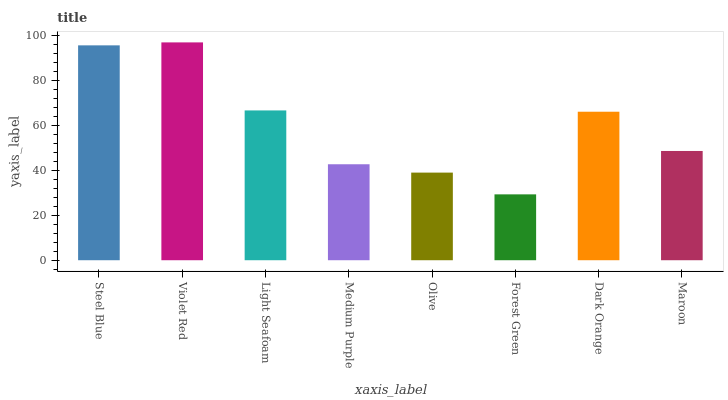
| xaxis_label | bars |
 | --- | --- |
 | Steel Blue | 95.8 |
 | Violet Red | 97.1 |
 | Light Seafoam | 66.8 |
 | Medium Purple | 42.8 |
 | Olive | 39.1 |
 | Forest Green | 29.4 |
 | Dark Orange | 66.2 |
 | Maroon | 48.7 |